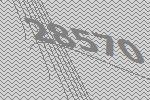
28570